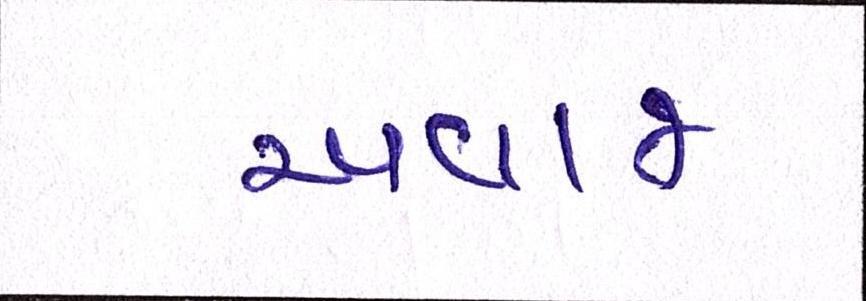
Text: અવાજ